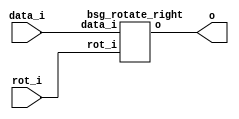


module top
(
  data_i,
  rot_i,
  o
);

  input [127:0] data_i;
  input [6:0] rot_i;
  output [127:0] o;

  bsg_rotate_right
  wrapper
  (
    .data_i(data_i),
    .rot_i(rot_i),
    .o(o)
  );


endmodule



module bsg_rotate_right
(
  data_i,
  rot_i,
  o
);

  input [127:0] data_i;
  input [6:0] rot_i;
  output [127:0] o;
  wire [127:0] o;
  wire SYNOPSYS_UNCONNECTED_1,SYNOPSYS_UNCONNECTED_2,SYNOPSYS_UNCONNECTED_3,
  SYNOPSYS_UNCONNECTED_4,SYNOPSYS_UNCONNECTED_5,SYNOPSYS_UNCONNECTED_6,
  SYNOPSYS_UNCONNECTED_7,SYNOPSYS_UNCONNECTED_8,SYNOPSYS_UNCONNECTED_9,SYNOPSYS_UNCONNECTED_10,
  SYNOPSYS_UNCONNECTED_11,SYNOPSYS_UNCONNECTED_12,SYNOPSYS_UNCONNECTED_13,
  SYNOPSYS_UNCONNECTED_14,SYNOPSYS_UNCONNECTED_15,SYNOPSYS_UNCONNECTED_16,SYNOPSYS_UNCONNECTED_17,
  SYNOPSYS_UNCONNECTED_18,SYNOPSYS_UNCONNECTED_19,SYNOPSYS_UNCONNECTED_20,
  SYNOPSYS_UNCONNECTED_21,SYNOPSYS_UNCONNECTED_22,SYNOPSYS_UNCONNECTED_23,
  SYNOPSYS_UNCONNECTED_24,SYNOPSYS_UNCONNECTED_25,SYNOPSYS_UNCONNECTED_26,SYNOPSYS_UNCONNECTED_27,
  SYNOPSYS_UNCONNECTED_28,SYNOPSYS_UNCONNECTED_29,SYNOPSYS_UNCONNECTED_30,
  SYNOPSYS_UNCONNECTED_31,SYNOPSYS_UNCONNECTED_32,SYNOPSYS_UNCONNECTED_33,
  SYNOPSYS_UNCONNECTED_34,SYNOPSYS_UNCONNECTED_35,SYNOPSYS_UNCONNECTED_36,SYNOPSYS_UNCONNECTED_37,
  SYNOPSYS_UNCONNECTED_38,SYNOPSYS_UNCONNECTED_39,SYNOPSYS_UNCONNECTED_40,
  SYNOPSYS_UNCONNECTED_41,SYNOPSYS_UNCONNECTED_42,SYNOPSYS_UNCONNECTED_43,
  SYNOPSYS_UNCONNECTED_44,SYNOPSYS_UNCONNECTED_45,SYNOPSYS_UNCONNECTED_46,SYNOPSYS_UNCONNECTED_47,
  SYNOPSYS_UNCONNECTED_48,SYNOPSYS_UNCONNECTED_49,SYNOPSYS_UNCONNECTED_50,
  SYNOPSYS_UNCONNECTED_51,SYNOPSYS_UNCONNECTED_52,SYNOPSYS_UNCONNECTED_53,
  SYNOPSYS_UNCONNECTED_54,SYNOPSYS_UNCONNECTED_55,SYNOPSYS_UNCONNECTED_56,SYNOPSYS_UNCONNECTED_57,
  SYNOPSYS_UNCONNECTED_58,SYNOPSYS_UNCONNECTED_59,SYNOPSYS_UNCONNECTED_60,
  SYNOPSYS_UNCONNECTED_61,SYNOPSYS_UNCONNECTED_62,SYNOPSYS_UNCONNECTED_63,
  SYNOPSYS_UNCONNECTED_64,SYNOPSYS_UNCONNECTED_65,SYNOPSYS_UNCONNECTED_66,SYNOPSYS_UNCONNECTED_67,
  SYNOPSYS_UNCONNECTED_68,SYNOPSYS_UNCONNECTED_69,SYNOPSYS_UNCONNECTED_70,
  SYNOPSYS_UNCONNECTED_71,SYNOPSYS_UNCONNECTED_72,SYNOPSYS_UNCONNECTED_73,
  SYNOPSYS_UNCONNECTED_74,SYNOPSYS_UNCONNECTED_75,SYNOPSYS_UNCONNECTED_76,SYNOPSYS_UNCONNECTED_77,
  SYNOPSYS_UNCONNECTED_78,SYNOPSYS_UNCONNECTED_79,SYNOPSYS_UNCONNECTED_80,
  SYNOPSYS_UNCONNECTED_81,SYNOPSYS_UNCONNECTED_82,SYNOPSYS_UNCONNECTED_83,
  SYNOPSYS_UNCONNECTED_84,SYNOPSYS_UNCONNECTED_85,SYNOPSYS_UNCONNECTED_86,SYNOPSYS_UNCONNECTED_87,
  SYNOPSYS_UNCONNECTED_88,SYNOPSYS_UNCONNECTED_89,SYNOPSYS_UNCONNECTED_90,
  SYNOPSYS_UNCONNECTED_91,SYNOPSYS_UNCONNECTED_92,SYNOPSYS_UNCONNECTED_93,
  SYNOPSYS_UNCONNECTED_94,SYNOPSYS_UNCONNECTED_95,SYNOPSYS_UNCONNECTED_96,SYNOPSYS_UNCONNECTED_97,
  SYNOPSYS_UNCONNECTED_98,SYNOPSYS_UNCONNECTED_99,SYNOPSYS_UNCONNECTED_100,
  SYNOPSYS_UNCONNECTED_101,SYNOPSYS_UNCONNECTED_102,SYNOPSYS_UNCONNECTED_103,
  SYNOPSYS_UNCONNECTED_104,SYNOPSYS_UNCONNECTED_105,SYNOPSYS_UNCONNECTED_106,
  SYNOPSYS_UNCONNECTED_107,SYNOPSYS_UNCONNECTED_108,SYNOPSYS_UNCONNECTED_109,
  SYNOPSYS_UNCONNECTED_110,SYNOPSYS_UNCONNECTED_111,SYNOPSYS_UNCONNECTED_112,SYNOPSYS_UNCONNECTED_113,
  SYNOPSYS_UNCONNECTED_114,SYNOPSYS_UNCONNECTED_115,SYNOPSYS_UNCONNECTED_116,
  SYNOPSYS_UNCONNECTED_117,SYNOPSYS_UNCONNECTED_118,SYNOPSYS_UNCONNECTED_119,
  SYNOPSYS_UNCONNECTED_120,SYNOPSYS_UNCONNECTED_121,SYNOPSYS_UNCONNECTED_122,
  SYNOPSYS_UNCONNECTED_123,SYNOPSYS_UNCONNECTED_124,SYNOPSYS_UNCONNECTED_125,
  SYNOPSYS_UNCONNECTED_126,SYNOPSYS_UNCONNECTED_127;
  assign { SYNOPSYS_UNCONNECTED_1, SYNOPSYS_UNCONNECTED_2, SYNOPSYS_UNCONNECTED_3, SYNOPSYS_UNCONNECTED_4, SYNOPSYS_UNCONNECTED_5, SYNOPSYS_UNCONNECTED_6, SYNOPSYS_UNCONNECTED_7, SYNOPSYS_UNCONNECTED_8, SYNOPSYS_UNCONNECTED_9, SYNOPSYS_UNCONNECTED_10, SYNOPSYS_UNCONNECTED_11, SYNOPSYS_UNCONNECTED_12, SYNOPSYS_UNCONNECTED_13, SYNOPSYS_UNCONNECTED_14, SYNOPSYS_UNCONNECTED_15, SYNOPSYS_UNCONNECTED_16, SYNOPSYS_UNCONNECTED_17, SYNOPSYS_UNCONNECTED_18, SYNOPSYS_UNCONNECTED_19, SYNOPSYS_UNCONNECTED_20, SYNOPSYS_UNCONNECTED_21, SYNOPSYS_UNCONNECTED_22, SYNOPSYS_UNCONNECTED_23, SYNOPSYS_UNCONNECTED_24, SYNOPSYS_UNCONNECTED_25, SYNOPSYS_UNCONNECTED_26, SYNOPSYS_UNCONNECTED_27, SYNOPSYS_UNCONNECTED_28, SYNOPSYS_UNCONNECTED_29, SYNOPSYS_UNCONNECTED_30, SYNOPSYS_UNCONNECTED_31, SYNOPSYS_UNCONNECTED_32, SYNOPSYS_UNCONNECTED_33, SYNOPSYS_UNCONNECTED_34, SYNOPSYS_UNCONNECTED_35, SYNOPSYS_UNCONNECTED_36, SYNOPSYS_UNCONNECTED_37, SYNOPSYS_UNCONNECTED_38, SYNOPSYS_UNCONNECTED_39, SYNOPSYS_UNCONNECTED_40, SYNOPSYS_UNCONNECTED_41, SYNOPSYS_UNCONNECTED_42, SYNOPSYS_UNCONNECTED_43, SYNOPSYS_UNCONNECTED_44, SYNOPSYS_UNCONNECTED_45, SYNOPSYS_UNCONNECTED_46, SYNOPSYS_UNCONNECTED_47, SYNOPSYS_UNCONNECTED_48, SYNOPSYS_UNCONNECTED_49, SYNOPSYS_UNCONNECTED_50, SYNOPSYS_UNCONNECTED_51, SYNOPSYS_UNCONNECTED_52, SYNOPSYS_UNCONNECTED_53, SYNOPSYS_UNCONNECTED_54, SYNOPSYS_UNCONNECTED_55, SYNOPSYS_UNCONNECTED_56, SYNOPSYS_UNCONNECTED_57, SYNOPSYS_UNCONNECTED_58, SYNOPSYS_UNCONNECTED_59, SYNOPSYS_UNCONNECTED_60, SYNOPSYS_UNCONNECTED_61, SYNOPSYS_UNCONNECTED_62, SYNOPSYS_UNCONNECTED_63, SYNOPSYS_UNCONNECTED_64, SYNOPSYS_UNCONNECTED_65, SYNOPSYS_UNCONNECTED_66, SYNOPSYS_UNCONNECTED_67, SYNOPSYS_UNCONNECTED_68, SYNOPSYS_UNCONNECTED_69, SYNOPSYS_UNCONNECTED_70, SYNOPSYS_UNCONNECTED_71, SYNOPSYS_UNCONNECTED_72, SYNOPSYS_UNCONNECTED_73, SYNOPSYS_UNCONNECTED_74, SYNOPSYS_UNCONNECTED_75, SYNOPSYS_UNCONNECTED_76, SYNOPSYS_UNCONNECTED_77, SYNOPSYS_UNCONNECTED_78, SYNOPSYS_UNCONNECTED_79, SYNOPSYS_UNCONNECTED_80, SYNOPSYS_UNCONNECTED_81, SYNOPSYS_UNCONNECTED_82, SYNOPSYS_UNCONNECTED_83, SYNOPSYS_UNCONNECTED_84, SYNOPSYS_UNCONNECTED_85, SYNOPSYS_UNCONNECTED_86, SYNOPSYS_UNCONNECTED_87, SYNOPSYS_UNCONNECTED_88, SYNOPSYS_UNCONNECTED_89, SYNOPSYS_UNCONNECTED_90, SYNOPSYS_UNCONNECTED_91, SYNOPSYS_UNCONNECTED_92, SYNOPSYS_UNCONNECTED_93, SYNOPSYS_UNCONNECTED_94, SYNOPSYS_UNCONNECTED_95, SYNOPSYS_UNCONNECTED_96, SYNOPSYS_UNCONNECTED_97, SYNOPSYS_UNCONNECTED_98, SYNOPSYS_UNCONNECTED_99, SYNOPSYS_UNCONNECTED_100, SYNOPSYS_UNCONNECTED_101, SYNOPSYS_UNCONNECTED_102, SYNOPSYS_UNCONNECTED_103, SYNOPSYS_UNCONNECTED_104, SYNOPSYS_UNCONNECTED_105, SYNOPSYS_UNCONNECTED_106, SYNOPSYS_UNCONNECTED_107, SYNOPSYS_UNCONNECTED_108, SYNOPSYS_UNCONNECTED_109, SYNOPSYS_UNCONNECTED_110, SYNOPSYS_UNCONNECTED_111, SYNOPSYS_UNCONNECTED_112, SYNOPSYS_UNCONNECTED_113, SYNOPSYS_UNCONNECTED_114, SYNOPSYS_UNCONNECTED_115, SYNOPSYS_UNCONNECTED_116, SYNOPSYS_UNCONNECTED_117, SYNOPSYS_UNCONNECTED_118, SYNOPSYS_UNCONNECTED_119, SYNOPSYS_UNCONNECTED_120, SYNOPSYS_UNCONNECTED_121, SYNOPSYS_UNCONNECTED_122, SYNOPSYS_UNCONNECTED_123, SYNOPSYS_UNCONNECTED_124, SYNOPSYS_UNCONNECTED_125, SYNOPSYS_UNCONNECTED_126, SYNOPSYS_UNCONNECTED_127, o } = { data_i[126:0], data_i } >> rot_i;

endmodule